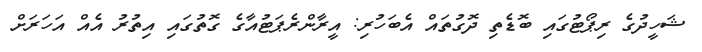
ޝަހީދުގެ ރިޕޯޓުގައި ބޮޑެތި ދޮގުތައް އެބަހުރި: އީރާންރެޕަޓުއާގެ ގޮތުގައި އިތުރު އެއް އަހަރަށް